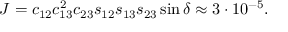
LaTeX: J = c _ { 1 2 } c _ { 1 3 } ^ { 2 } c _ { 2 3 } s _ { 1 2 } s _ { 1 3 } s _ { 2 3 } \sin \delta \approx 3 \cdot 1 0 ^ { - 5 } .